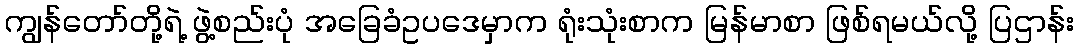
ကျွန်တော်တို့ရဲ့ ဖွဲ့စည်းပုံ အခြေခံဥပဒေမှာက ရုံးသုံးစာက မြန်မာစာ ဖြစ်ရမယ်လို့ ပြဌာန်း